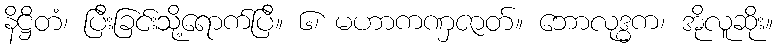
နိဋ္ဌိတံ၊ ပြီးခြင်းသို့ရောက်ပြီ။ ၆၊ မဟာကဏှဇာတ်။ ဘောလုဒ္ဓက၊ အိုလူဆိုး။